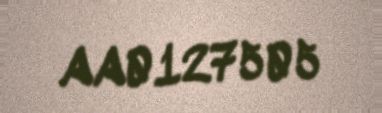
AA0127505